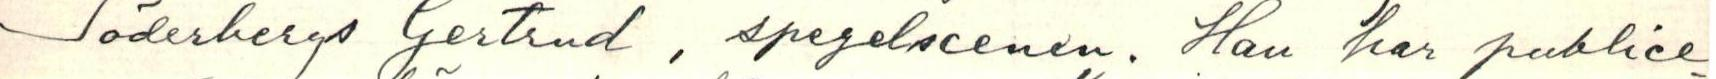
Söderbergs Gertrud, spegelscenen. Han har publice-